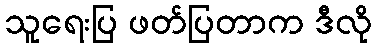
သူရေးပြ ဖတ်ပြတာက ဒီလို